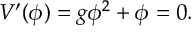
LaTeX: V ^ { \prime } ( \phi ) = g \phi ^ { 2 } + \phi = 0 .